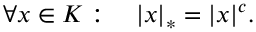
\forall x \in K : \quad | x | _ { * } = | x | ^ { c } .